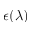
\epsilon ( \lambda )